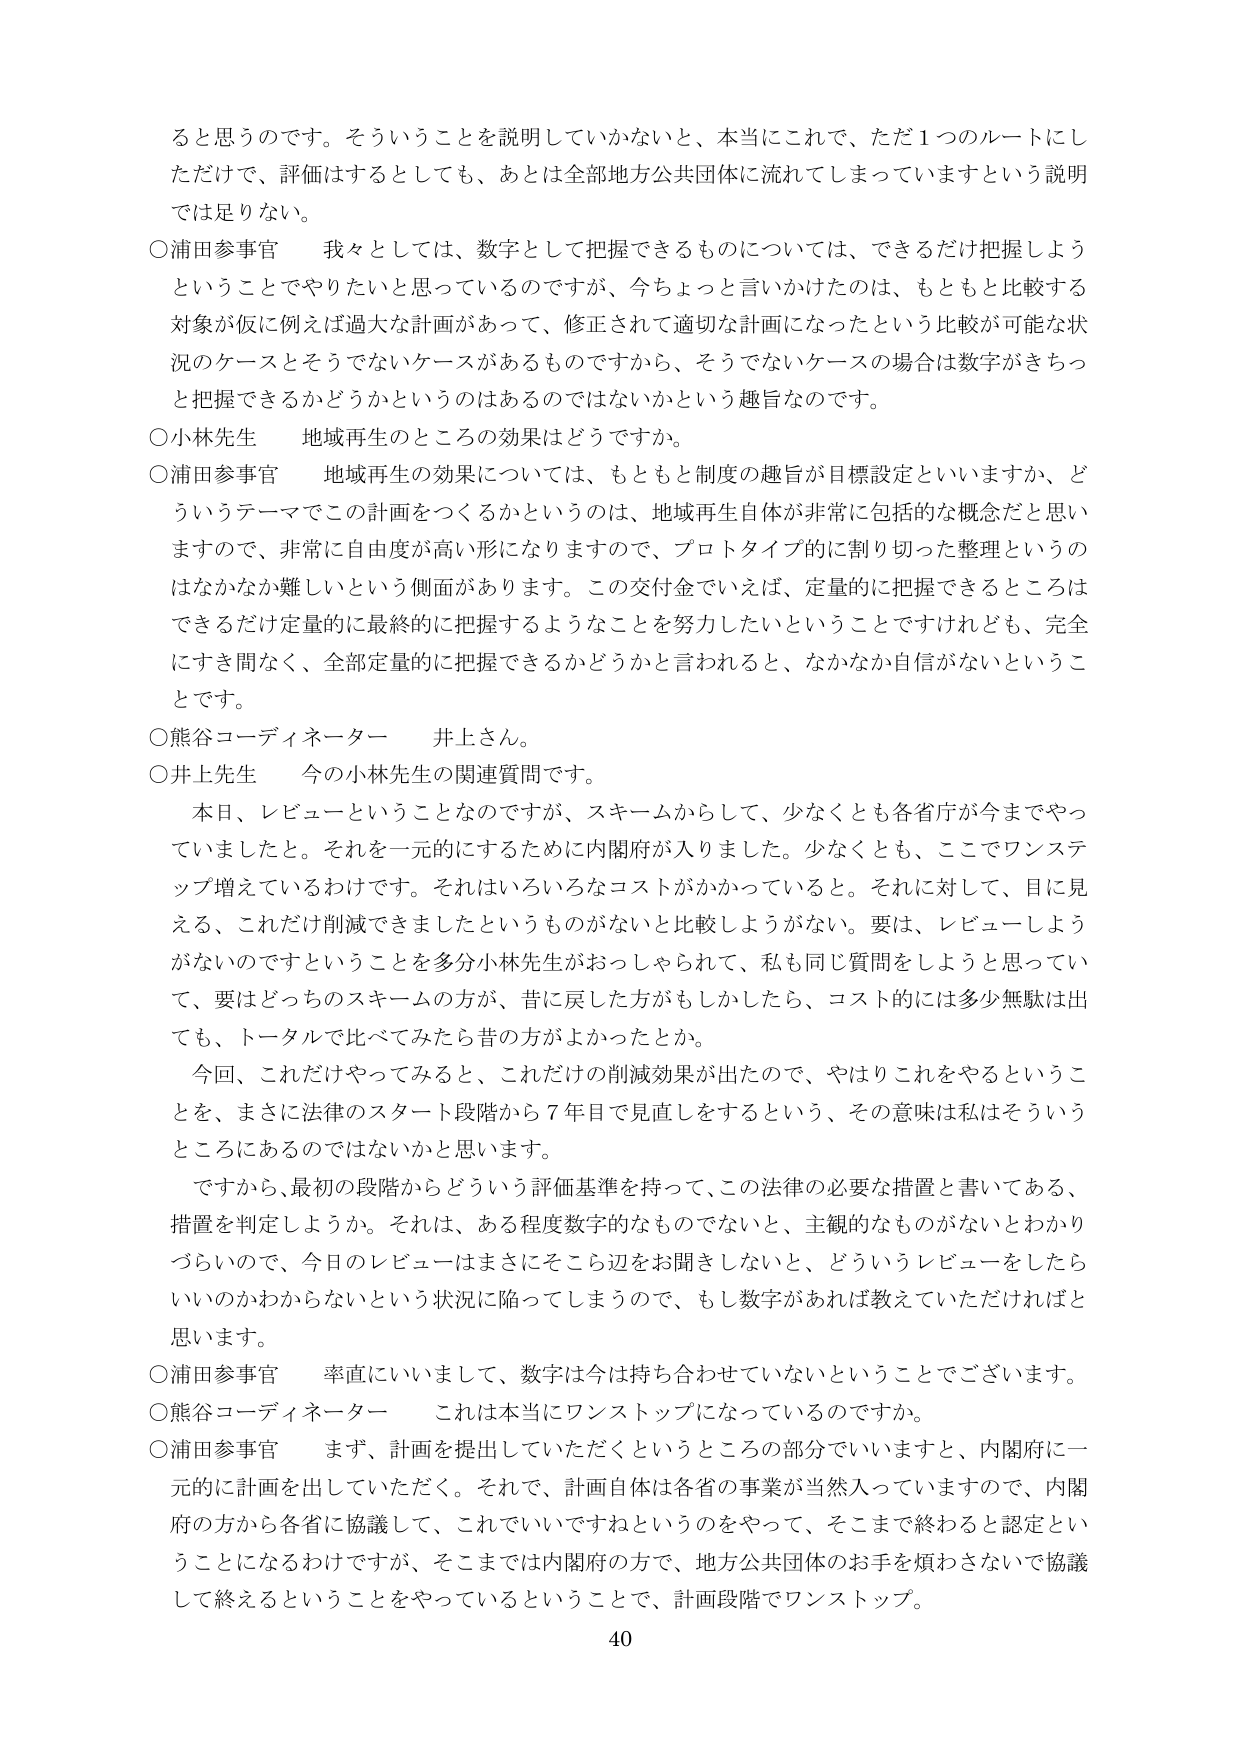
ると思うのです。そういうことを説明していかないと、本当にこれで、ただ１つのルートにしただけで、評価はするとしても、あとは全部地方公共団体に流れてしまっていますという説明では足りない。

〇浦田参事官　我々としては、数字として把握できるものについては、できるだけ把握しようということでやりたいと思っているのですが、今ちょっと言いかけたのは、もともと比較する対象が仮に例えば過大な計画があって、修正されて適切な計画になったという比較が可能な状況のケースとそうでないケースがあるものですから、そうでないケースの場合は数字がきちっと把握できるかどうかというのはあるのではないかという趣旨なのです。

〇小林先生　地域再生のところの効果はどうですか。

〇浦田参事官　地域再生の効果については、もともと制度の趣旨が目標設定といいますか、どういうテーマでこの計画をつくるかというのは、地域再生自体が非常に包括的な概念だと思いますので、非常に自由度が高い形になりますので、プロトタイプ的に割り切った整理というのはなかなか難しいという側面があります。この交付金でいえば、定量的に把握できるところはできるだけ定量的に最終的に把握するようなことを努力したいということですけれども、完全にすき間なく、全部定量的に把握できるかどうかと言われると、なかなか自信がないということです。

〇熊谷コーディネーター　井上さん。

〇井上先生　今の小林先生の関連質問です。

　本日、レビューということなのですが、スキームからして、少なくとも各省庁が今までやっていましたと。それを一元的にするために内閣府が入りました。少なくとも、ここでワンステップ増えているわけです。それはいろいろなコストがかかっていると。それに対して、目に見える、これだけ削減できましたというものがないと比較しようがない。要は、レビューしようがないのですということを多分小林先生がおっしゃられて、私も同じ質問をしようと思っていて、要はどっちのスキームの方が、昔に戻した方がもしかしたら、コスト的には多少無駄は出ても、トータルで比べてみたら昔の方がよかったとか。

　今回、これだけやってみると、これだけの削減効果が出たので、やはりこれをやるということを、まさに法律のスタート段階から７年目で見直しをするという、その意味は私はそういうところにあるのではないかなと思います。

　ですから、最初の段階からどういう評価基準を持って、この法律の必要な措置と書いてある、措置を判定しようか。それは、ある程度数字的なものでないと、主観的なものがないとわかりづらいので、今日のレビューはまさにそこら辺をお聞きしないと、どういうレビューをしたらいいのかわからないという状況に陥ってしまうので、もし数字があれば教えていただければと思います。

〇浦田参事官　率直にいいますと、数字は今は持ち合わせていないということでございます。

〇熊谷コーディネーター　これは本当にワンストップになっているのですか。

〇浦田参事官　まず、計画を提出していただくというところの部分でいいますと、内閣府に一元的に計画を出していただく。それで、計画自体は各省の事業が当然入っていますので、内閣府の方から各省に協議して、これでいいですねというのをやって、そこまで終わると認定ということになるわけですが、そこまでは内閣府の方で、地方公共団体のお手を煩わさないで協議して終えるということをやっているということで、計画段階でワンストップ。

40